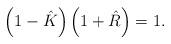
LaTeX: \begin{align*}\left(1-\hat K\right)\left(1+\hat R\right)=1.\end{align*}